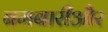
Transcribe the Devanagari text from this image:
बमबारीऔर